Vaccination in Bombay 1889-1901 - 1889-1901
Year: 1889
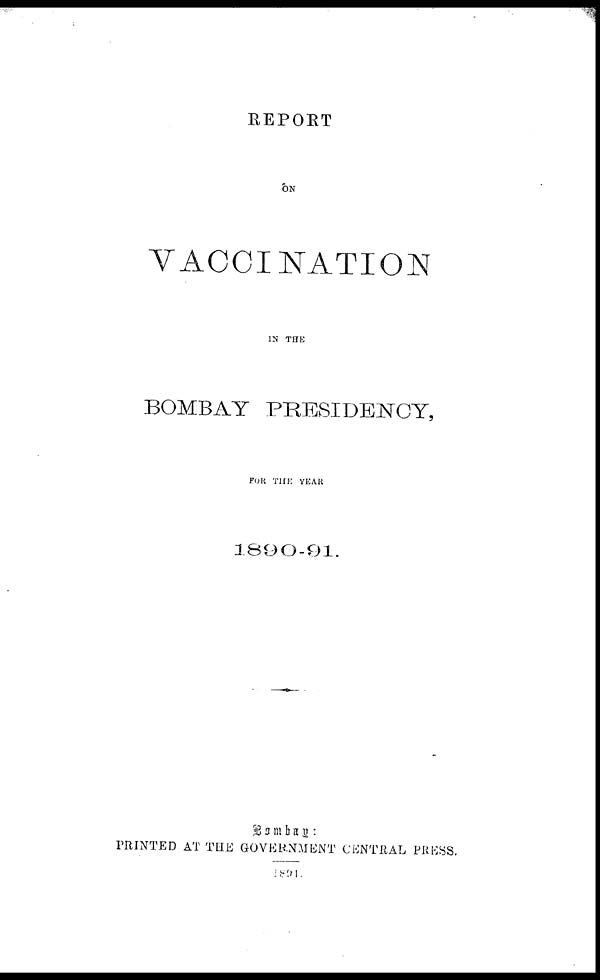
REPORT
ON
VACCINATION
IN THE
BOMBAY PRESIDENCY,
FOR THE YEAR
1890-91.
Bombay :
PRINTED AT THE GOVERNMENT CENTRAL PRESS.
1891.